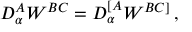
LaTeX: { \cal D } _ { \alpha } ^ { A } W ^ { B C } = { \cal D } _ { \alpha } ^ { [ A } W ^ { B C ] } \, ,